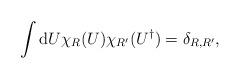
LaTeX: \begin{align*}\int{\rm d} U \chi_R (U) \chi_{R'} (U^{\dagger}) = \delta_{R,R'},\end{align*}